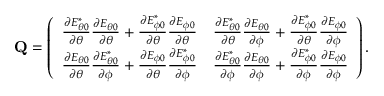
\mathbf { Q } = \left( \begin{array} { l l } { \frac { \partial E _ { \theta 0 } ^ { * } } { \partial \theta } \frac { \partial E _ { \theta 0 } } { \partial \theta } + \frac { \partial E _ { \phi 0 } ^ { * } } { \partial \theta } \frac { \partial E _ { \phi 0 } } { \partial \theta } } & { \frac { \partial E _ { \theta 0 } ^ { * } } { \partial \theta } \frac { \partial E _ { \theta 0 } } { \partial \phi } + \frac { \partial E _ { \phi 0 } ^ { * } } { \partial \theta } \frac { \partial E _ { \phi 0 } } { \partial \phi } } \\ { \frac { \partial E _ { \theta 0 } } { \partial \theta } \frac { \partial E _ { \theta 0 } ^ { * } } { \partial \phi } + \frac { \partial E _ { \phi 0 } } { \partial \theta } \frac { \partial E _ { \phi 0 } ^ { * } } { \partial \phi } } & { \frac { \partial E _ { \theta 0 } ^ { * } } { \partial \phi } \frac { \partial E _ { \theta 0 } } { \partial \phi } + \frac { \partial E _ { \phi 0 } ^ { * } } { \partial \phi } \frac { \partial E _ { \phi 0 } } { \partial \phi } } \end{array} \right) .